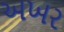
અખર